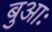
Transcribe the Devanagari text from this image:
बुआः